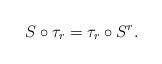
LaTeX: \begin{align*}S\circ\tau_r=\tau_r\circ S^r.\end{align*}